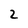
Character: 2